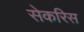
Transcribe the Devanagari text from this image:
सेकरिस